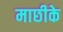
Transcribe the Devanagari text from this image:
माछीके